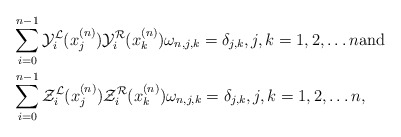
\begin{align*}&\sum_{i=0}^{n-1}\mathcal{Y}_i^{\mathcal{L}}(x_j^{(n)})\mathcal{Y}_i^{\mathcal{R}}(x_k^{(n)})\omega_{n,j,k}=\delta_{j,k}, j,k = 1,2, \ldots n \mbox{and} \\&\sum_{i=0}^{n-1}\mathcal{Z}_i^{\mathcal{L}}(x_j^{(n)})\mathcal{Z}_i^{\mathcal{R}}(x_k^{(n)})\omega_{n,j,k}=\delta_{j,k}, j,k = 1,2, \ldots n, \end{align*}